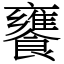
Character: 饔